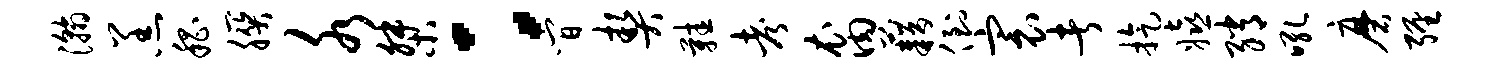
瀚羔嵇朕水桀：间契鞋考裔藉倒寰者旋嬉绡吼磨缠